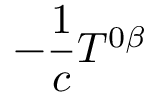
- \frac { 1 } { c } T ^ { 0 \beta }